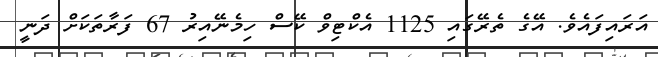
އަރައިފައެވެ. އޭގެ ތެރޭގައި 1125 އެކްޓިވް ކޭސް ހިމެނޭއިރު 67 ފަރާތަކަށް ދަނީ